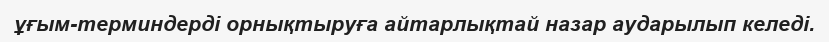
ұғым-терминдерді орнықтыруға айтарлықтай назар аударылып келеді.